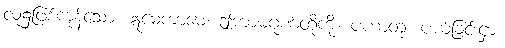
လူ၌ဖြစ်ကုန်သော။ ဣမေကာမေ၊ ဤကာမဂုဏ်တို့ကို။ ပဟာတုံ၊ ပယ်ခြင်းငှာ။